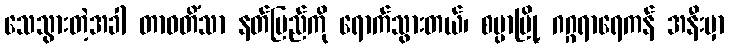
သေသွားတဲ့အခါ တာဝတိံသာ နတ်ပြည်ကို ရောက်သွားတယ်၊ စမ္ပာမြို့ ဂဂ္ဂရာရေကန် အနီးမှာ